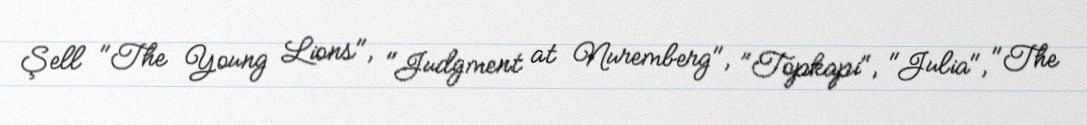
Şell "The Young Lions", "Judgment at Nuremberg", "Topkapi", "Julia", "The